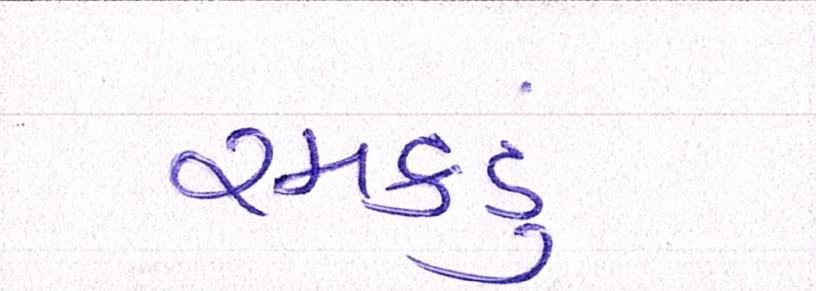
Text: રમકડું